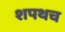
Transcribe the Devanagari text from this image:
शपथच